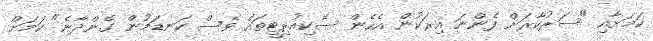
ކަމަށާއި "ސަރުކާރަށް ފެންނަ އިރަކުން އެހެން ސެކިއުރިޓީތައް ވެސް ކަނޑަމުން ގެންދާނެ" ކަމަށް